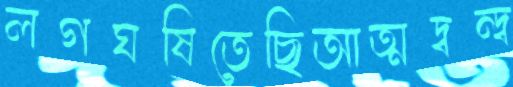
লগঘষিতেছিআত্মদ্বন্দ্ব